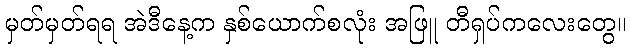
မှတ်မှတ်ရရ အဲဒီနေ့က နှစ်ယောက်စလုံး အဖြူ တီရှပ်ကလေးတွေ။